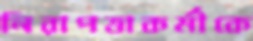
নিরাপত্তাকর্মীকে